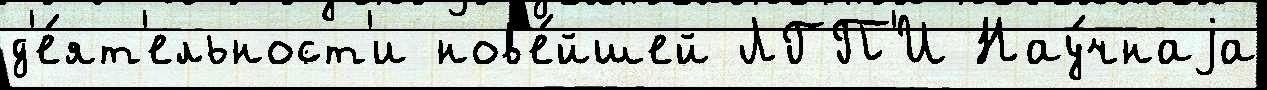
д'е́ят'ельност'и нов'е́йшей ЛГП'И Нау́чнаjа